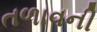
તળાવની